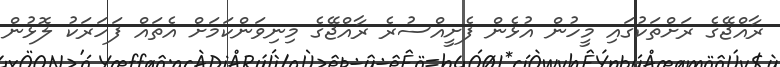
ރާއްޖޭގެ ރަށްތަކުގައި މީހުން އުޅެން ފެށީއްސުރެ ރާއްޖޭގެ މިނިވަންކަމަށް އެތައް ފަހަރަކު ލޮޅުން